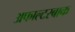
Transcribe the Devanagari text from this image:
अफाल्टरबाक